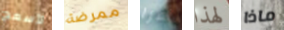
لأسمح ممرضة امرا لهذا ماذا